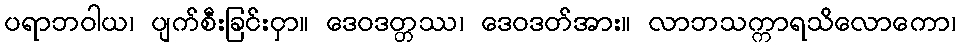
ပရာဘဝါယ၊ ပျက်စီးခြင်းငှာ။ ဒေဝဒတ္တဿ၊ ဒေဝဒတ်အား။ လာဘသက္ကာရသိလောကော၊